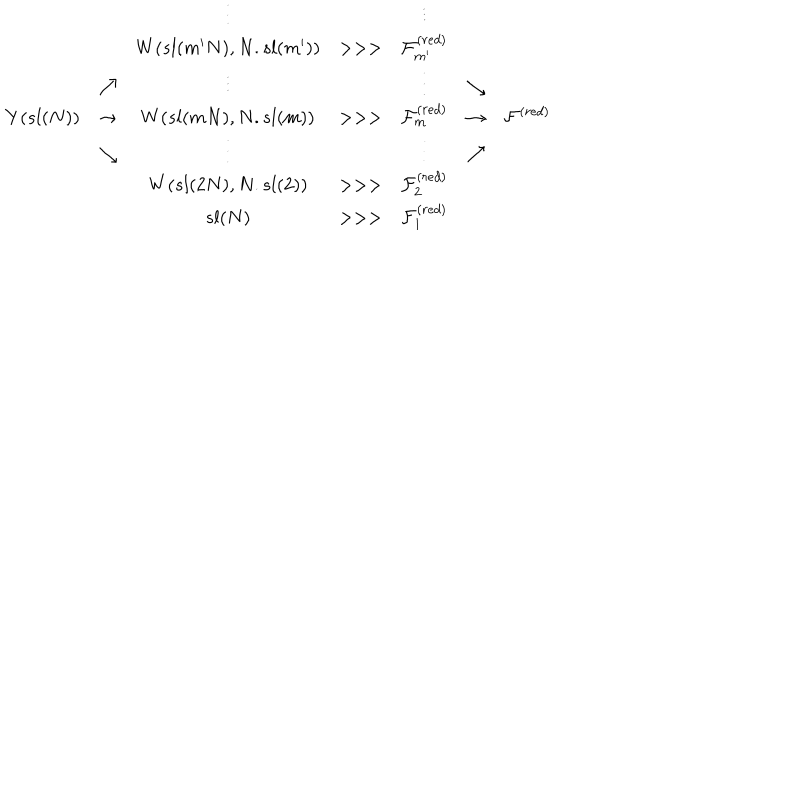
\begin{array} { c c c c c c c } { { } } & { { } } & { { \vdots } } & { { } } & { { \vdots } } & { { } } & { { } } \\ { { } } & { { } } & { { W ( s l ( m ^ { \prime } N ) , N . s l ( m ^ { \prime } ) ) } } & { { > > > } } & { { { \cal F } _ { m ^ { \prime } } ^ { ( r e d ) } } } & { { } } & { { } } \\ { { } } & { { \nearrow } } & { { \vdots } } & { { } } & { { \vdots } } & { { \searrow } } & { { } } \\ { { Y ( s l ( N ) ) } } & { { \rightarrow } } & { { W ( s l ( m N ) , N . s l ( m ) ) } } & { { > > > } } & { { { \cal F } _ { m } ^ { ( r e d ) } } } & { { \rightarrow } } & { { { \cal F } ^ { ( r e d ) } } } \\ { { } } & { { \searrow } } & { { \vdots } } & { { } } & { { \vdots } } & { { \nearrow } } & { { } } \\ { { } } & { { } } & { { W ( s l ( 2 N ) , N . s l ( 2 ) ) } } & { { > > > } } & { { { \cal F } _ { 2 } ^ { ( r e d ) } } } & { { } } & { { } } \\ { { } } & { { } } & { { s l ( N ) } } & { { > > > } } & { { { \cal F } _ { 1 } ^ { ( r e d ) } } } & { { } } & { { } } \\ \end{array}